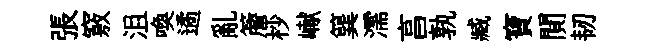
張竅沮喚遹亂簷杪𪩘簨濡亯孰臧寶閴韧